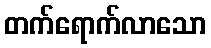
တက်ရောက်လာသော